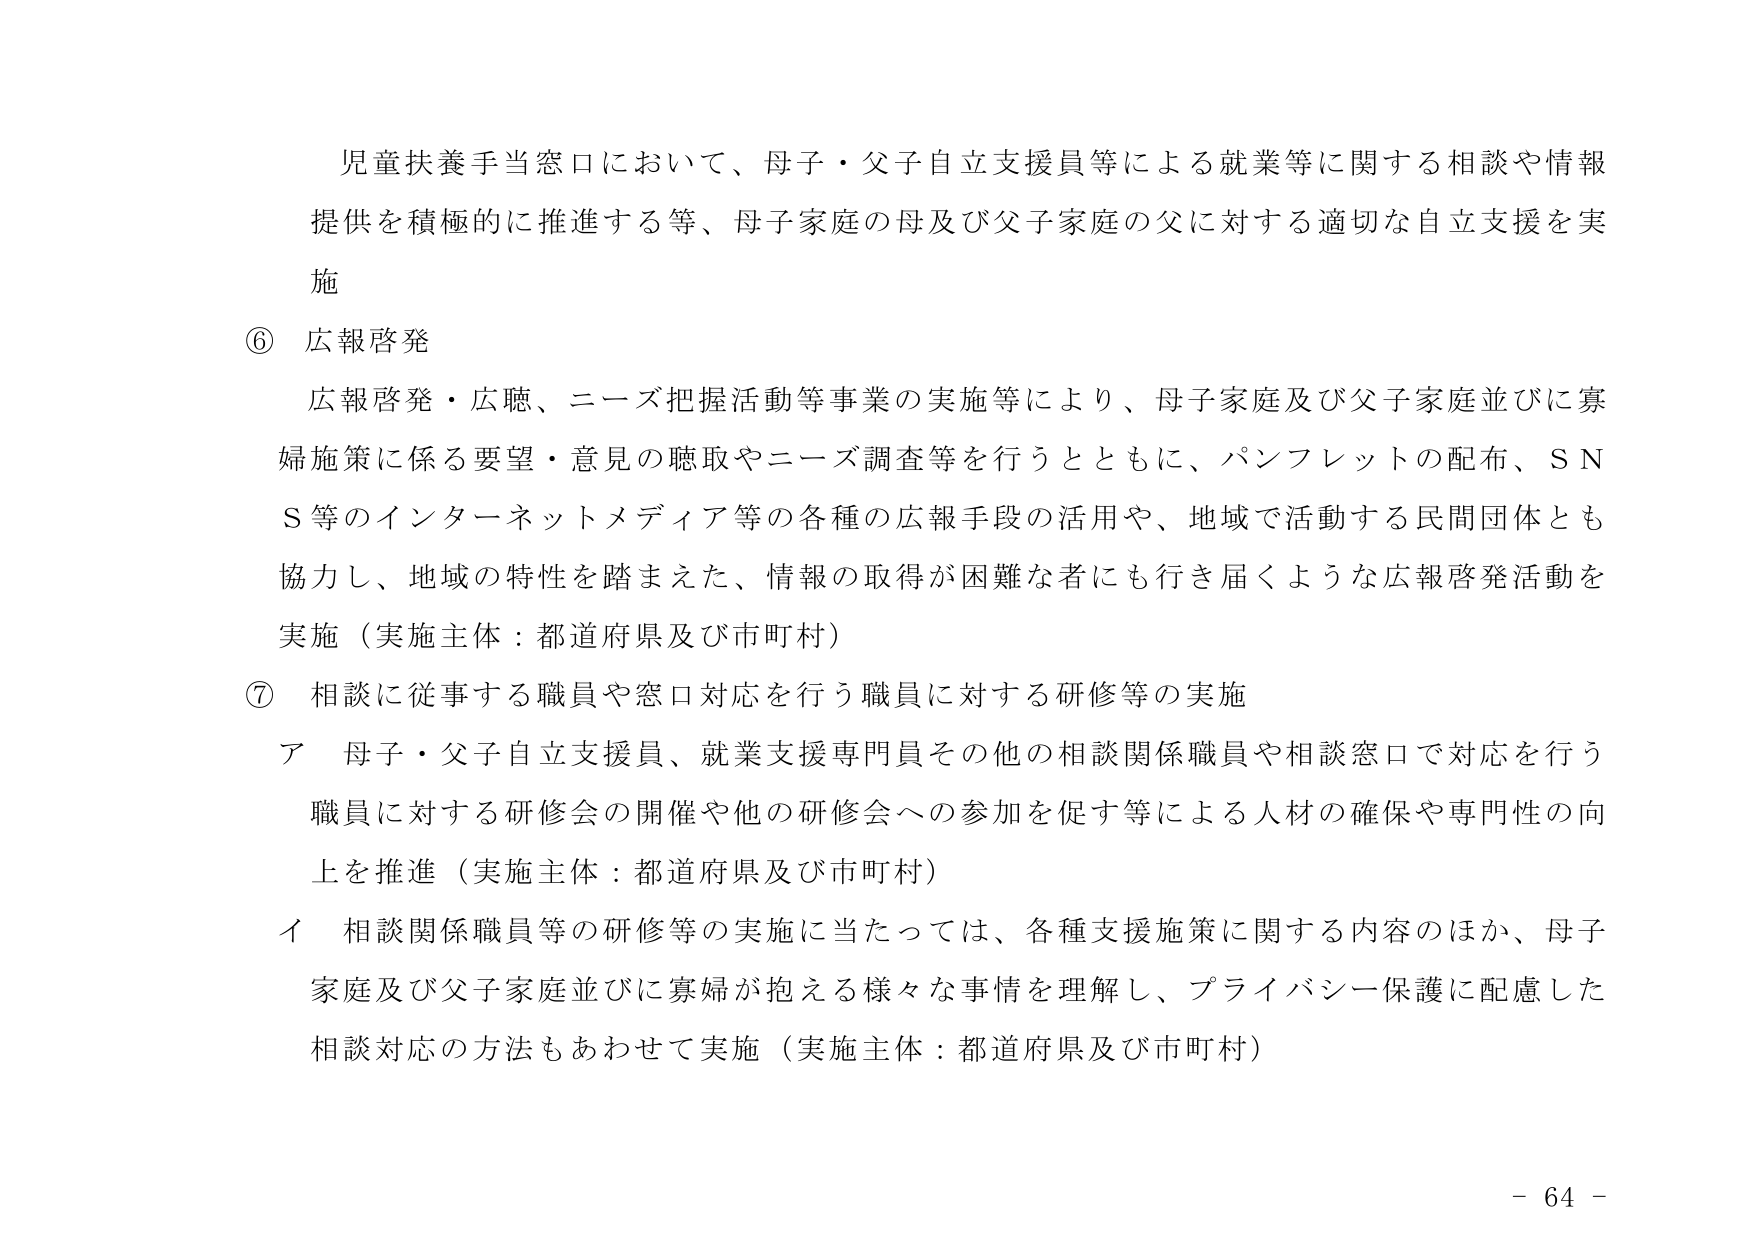
児童扶養手当窓口において、母子・父子自立支援員等による就業等に関する相談や情報提供を積極的に推進する等、母子家庭の母及び父子家庭の父に対する適切な自立支援を実施

⑥ 広報啓発
広報啓発・広聴、ニーズ把握活動等事業の実施等により、母子家庭及び父子家庭並びに寡婦施策に係る要望・意見の聴取やニーズ調査等を行うとともに、パンフレットの配布、ＳＮＳ等のインターネットメディア等の各種の広報手段の活用や、地域で活動する民間団体とも協力し、地域の特性を踏まえた、情報の取得が困難な者にも行き届くような広報啓発活動を実施（実施主体：都道府県及び市町村）

⑦ 相談に従事する職員や窓口対応を行う職員に対する研修等の実施
ア 母子・父子自立支援員、就業支援専門員その他の相談関係職員や相談窓口で対応を行う職員に対する研修会の開催や他の研修会への参加を促す等による人材の確保や専門性の向上を推進（実施主体：都道府県及び市町村）
イ 相談関係職員等の研修等の実施に当たっては、各種支援施策に関する内容のほか、母子家庭及び父子家庭並びに寡婦が抱える様々な事情を理解し、プライバシー保護に配慮した相談対応の方法もあわせて実施（実施主体：都道府県及び市町村）

- 64 -